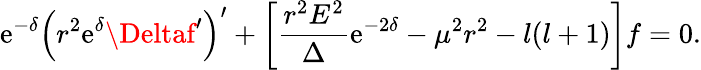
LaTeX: \mathrm{e}^{-\delta}\left(r^{2}\mathrm{e}^{\delta}\Deltaf^{\prime}\right)^{\prime}+\left[\frac{{r^{2}E^{2}}}{{\Delta}}\mathrm{e}^{-2\delta}-\mu^{2}r^{2}-l(l+1)\right]f=0.